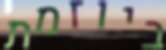
ביוזמת